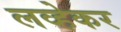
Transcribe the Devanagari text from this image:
लव्हेकर